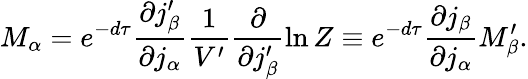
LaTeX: M_{\alpha}=e^{-d\tau}\frac{\partial j_{\beta}^{\prime}}{\partial j_{\alpha}}\frac{1}{V^{\prime}}\frac{\partial}{\partial j_{\beta}^{\prime}}\ln Z\equiv e^{-d\tau}\frac{\partial j_{\beta}}{\partial j_{\alpha}}M_{\beta}^{\prime}.